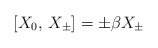
\begin{align*}[X_0,\,X_\pm]=\pm\beta X_\pm\end{align*}